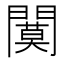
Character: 𫔩